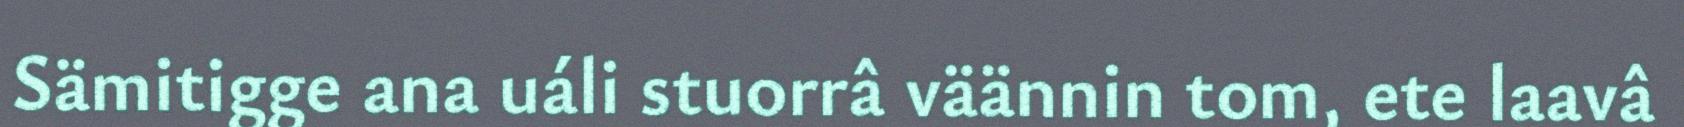
Sämitigge ana uáli stuorrâ väännin tom, ete laavâ